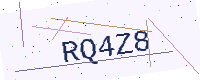
Text: RQ4Z8